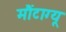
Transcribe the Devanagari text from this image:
मौंटाग्यू